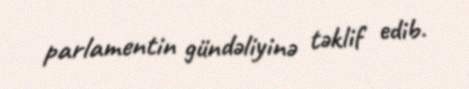
parlamentin gündəliyinə təklif edib.